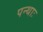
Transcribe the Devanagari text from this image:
पन्थाः